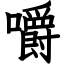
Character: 嚼